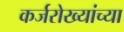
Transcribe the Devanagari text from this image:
कर्जरोख्यांच्या